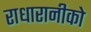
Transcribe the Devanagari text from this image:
राधारानीको